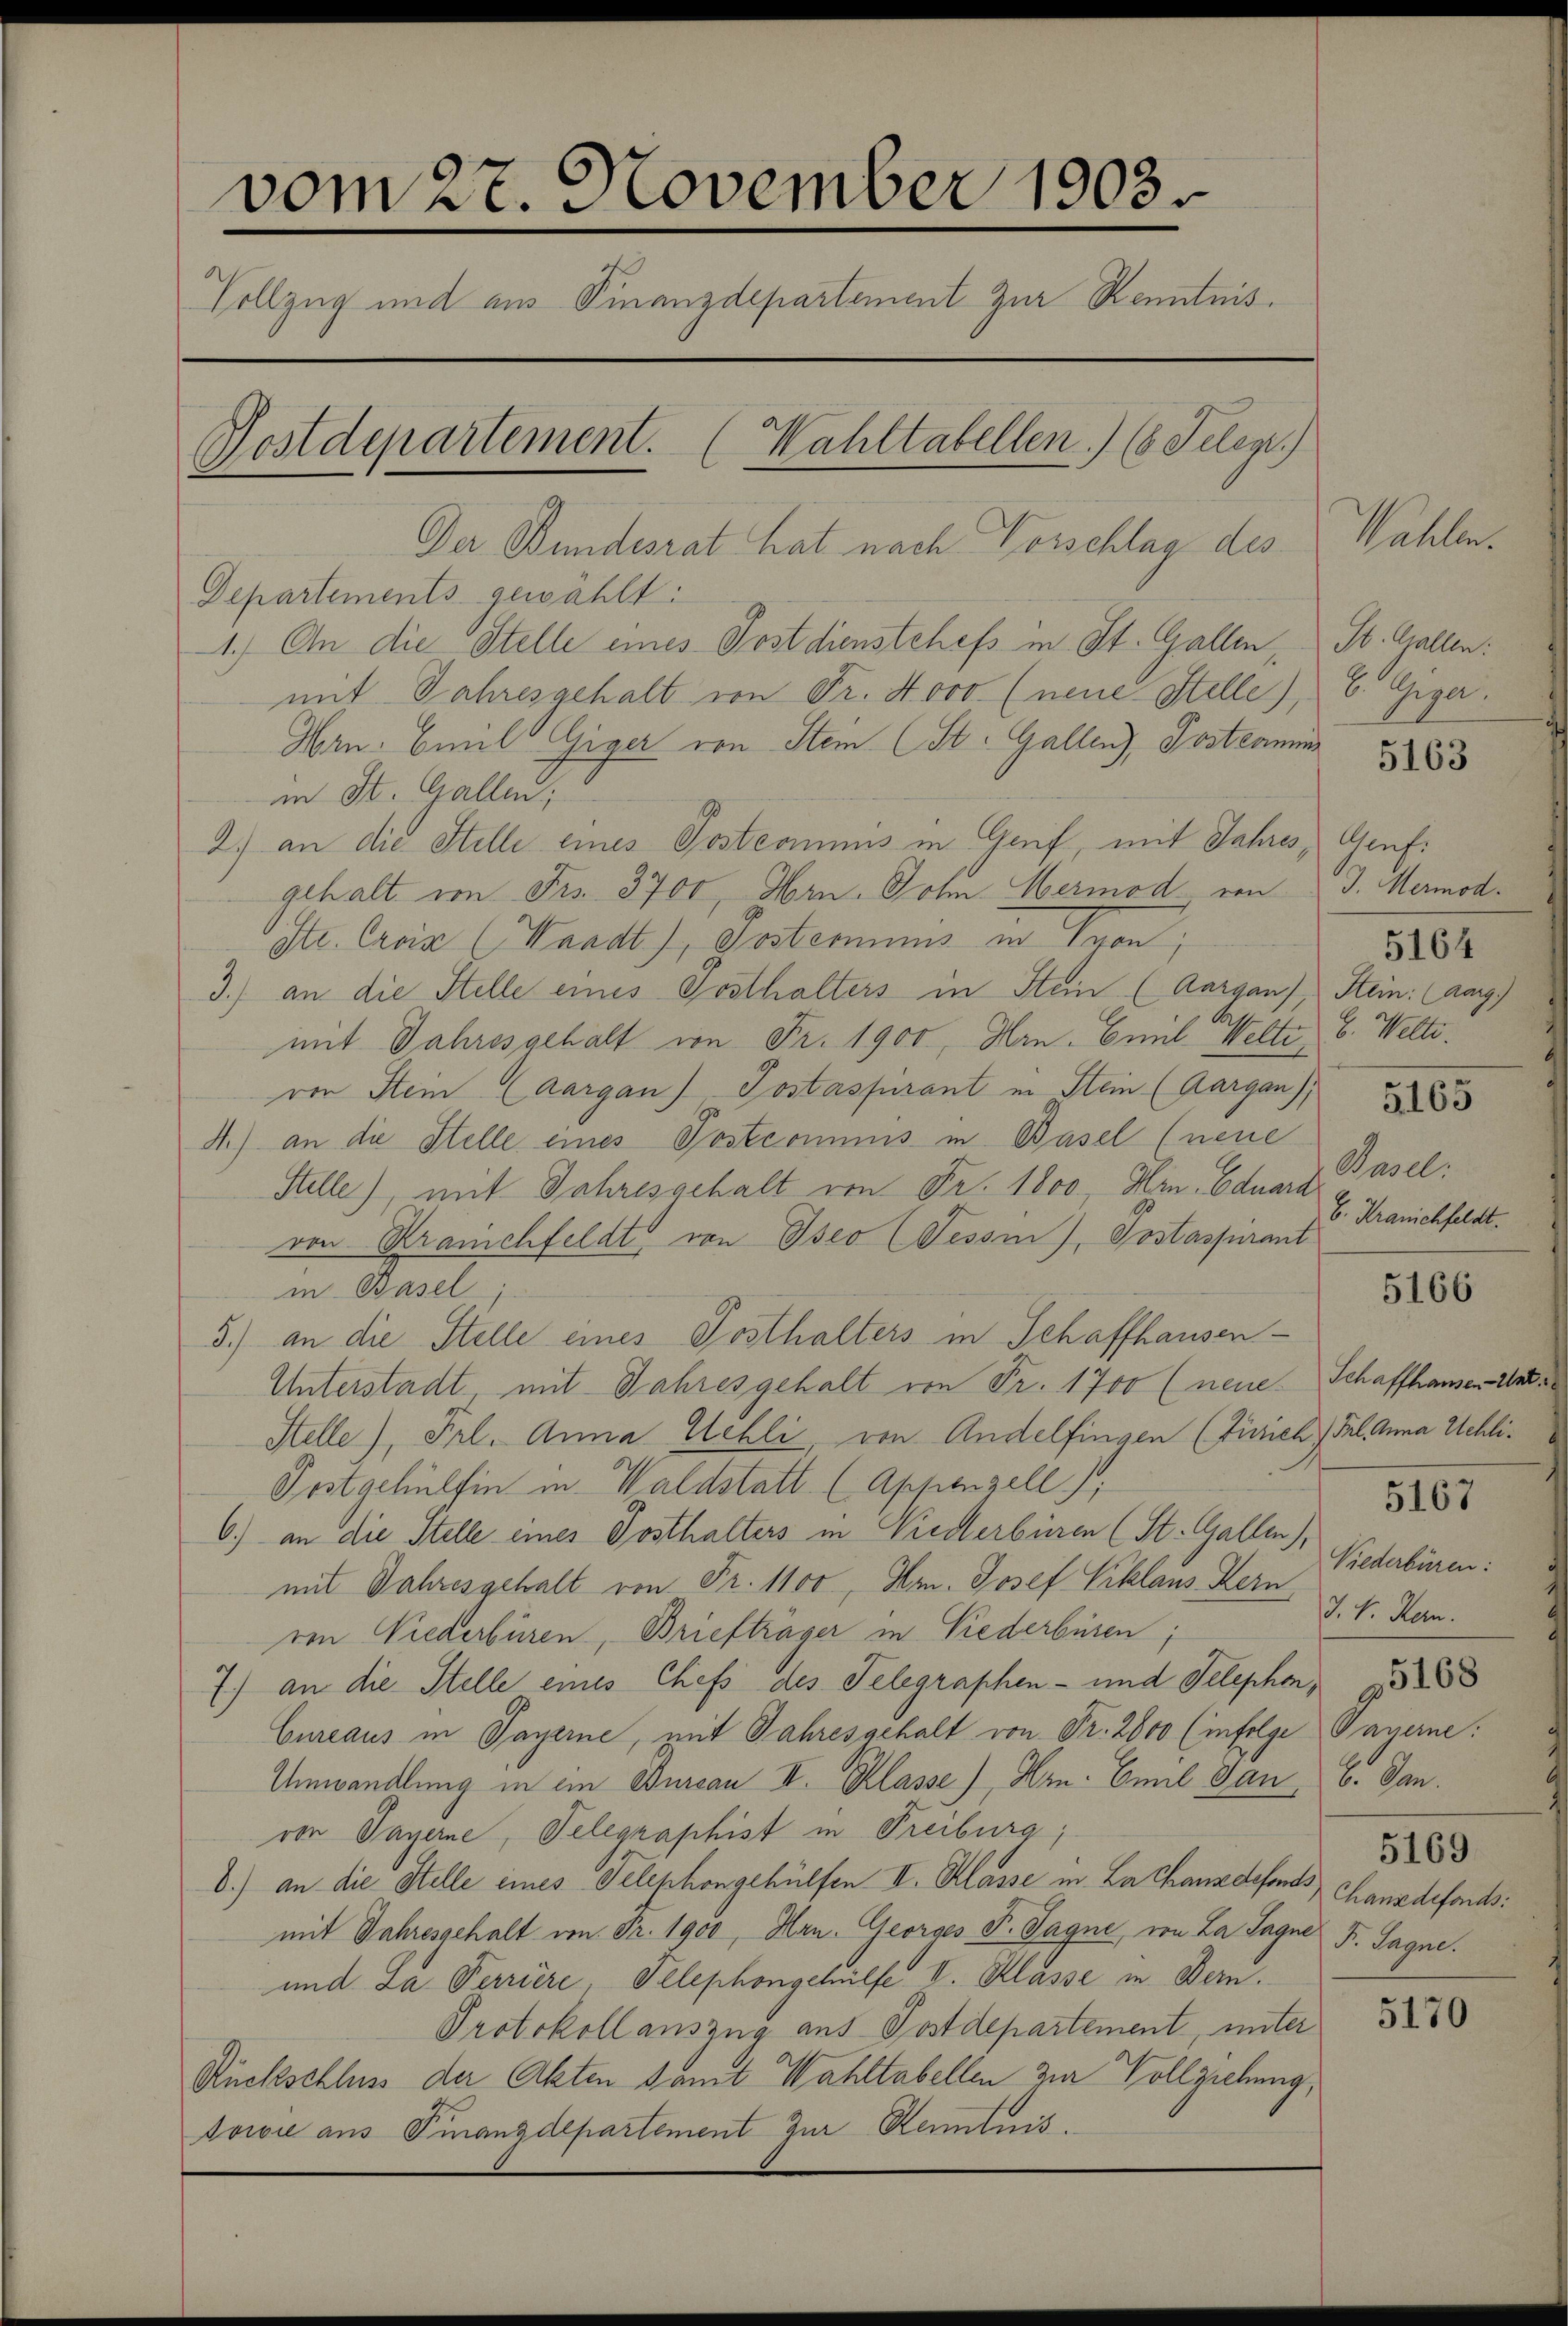
vom 27. November 1903.
Vollzug und aus Finanzdepartement zur Kenntnis.
Postdepartement. (Wahltabellen.) (8 Telegt)
Der Bundesrat hat nach Vorschlag des

Departements gewählt:
1.) An die Stelle eines Postdienstchefs in St. Gallen, St. Gallen:
mit Jahresgehalt von Fr. Novo (neue Stelle), C. Giger.
Hrn. Emil Giger von Stein (St. Gallenz, Postkamins
in St. Gallen;
2.) an die Stelle eines Postcommis in Genf, mit Jahres, Genfgehalt in Frs. 3700, Hrn. John Hermod, von J. Mermod
Str. Croix (Waadt), Posteriums in Pron;
3.) an die Stelle eines Posthalters in Stein (Aargau), Stein: (Aarg
mit Jahresgehalt von Fr. 1900, Hrn. Emil Welte, C. Welti.
ven Stein (Aargau) Postaspirant in Stein (Aargau),
4.) an die Stelle eines Postcommis in Basel (neue
Stelle), mit Jahresgehalt von Fr. 1800. Hrn. Eduard
von Kranchfeldt von Iseo (Tessin), Postaspirant
in Basel
5.) an die Stelle eines Posthalters in Schaffhausen¬
Unterstadt, mit Jahresgehalt von Fr. 1700 (neue Schaffhausen Ant¬
Stelle), Frl. Anna Uehli, von Andelfingen (Zürich) Frl. Anna Schli¬
Postgehülfen in Waldstatt (Appenzell),
6.) an die Stelle eines Posthalters in Niederbüren (St. Gallen),
mit Jahresgehalt von Fr. 1100, Hr. Josef Piklaus Kern
ron Niederbüren, Briefträger in Niederbüren
7.) an die Stelle eines Chefs des Telegraphen- und Telepher,
Cureaus in Payerne, mit Jahresgehalt von Fr. 2800 (infolge Payerne:
Umwandlung in ein Bureau I. Klasse), Hrn. Emil Jan, b. Dan
von Payerne, Telegraphist in Freiburg,
d.) an die Stelle eines Telephongehülfen II. Klasse u. La Chansdefonds Franz defonds.
mit Jahresgehalt im Fr. 1900, Hrn. Georges F. Sagne, von La Jagne F. Sagne.
und La Perriere Telephongehülfe V. Klasse in Bern.
Protokoll auszug aus Postdepartement, unter
Rückschluss der Akten samt Wahltabellen die Vollziehung,
towie aus Finanzdepartement zur Kenntnis.

Vater

5163

5164

5165

Basel.
b. Kranichfeldt.

5166

5167

Niederbüren:
J. V. Hern.
5169

5170